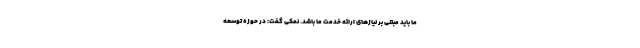
ما باید مبتنی بر نیازهای ارائه خدمت ما باشد. نمکی گفت: در حوزه توسعه